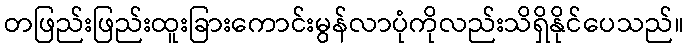
တဖြည်းဖြည်းထူးခြားကောင်းမွန်လာပုံကိုလည်းသိရှိနိုင်ပေသည်။